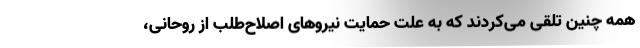
همه چنین تلقی می‌کردند که به علت حمایت نیروهای اصلاح‌طلب از روحانی،